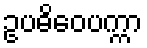
ဥပဓိဝေပက္ကာ